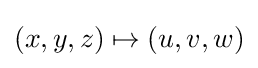
(x,y,z)\mapsto (u,v,w)